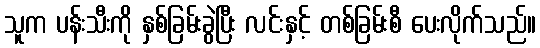
သူက ပန်းသီးကို နှစ်ခြမ်းခွဲပြီး လင်းနှင့် တစ်ခြမ်းစီ ပေးလိုက်သည်။